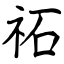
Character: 祏